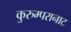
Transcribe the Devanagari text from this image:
कुरुम्परानाट